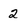
Character: 2